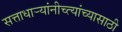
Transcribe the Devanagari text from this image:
सत्ताधार्‍यांनीच्त्यांच्यासाठी